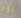
إذا